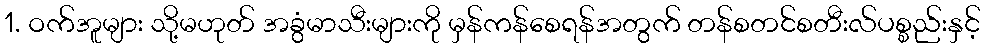
1. ဝက်အူများ သို့မဟုတ် အခွံမာသီးများကို မှန်ကန်စေရန်အတွက် တန်စတင်စတီးလ်ပစ္စည်းနှင့်